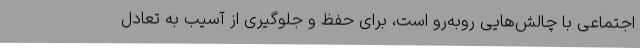
اجتماعی با چالش‌هایی روبه‌رو است، برای حفظ و جلوگیری از آسیب به تعادل